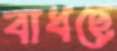
বাধছে